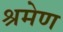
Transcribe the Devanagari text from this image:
श्रमेण